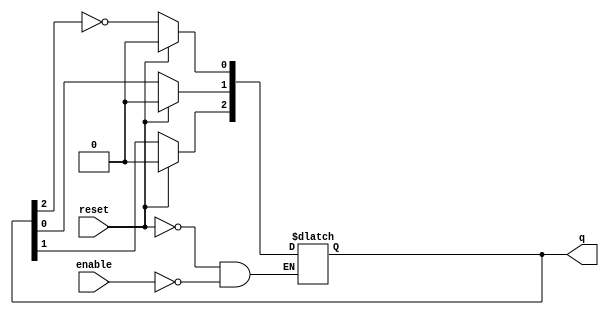
module async_johnson_counter (
    input wire enable,        // Enable the counter
    input wire reset,         // Asynchronous reset
    output reg [2:0] q       // 3-stage output
);

always @(*) begin
    // If reset is active, set output to zero
    if (reset) begin
        q <= 3'b000;
    end
    // If enabled, update the counter states
    else if (enable) begin
        // The first flip-flop gets the inverted value of the last flip-flop
        q[0] <= ~q[2];
        // The other flip-flops shift through the current states
        q[1] <= q[0];
        q[2] <= q[1];
    end
end

endmodule